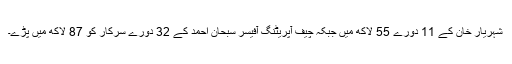
شہریار خان کے 11 دورے 55 لاکھ میں جبکہ چیف آپریٹنگ آفیسر سبحان احمد کے 32 دورے سرکار کو 87 لاکھ میں پڑے۔